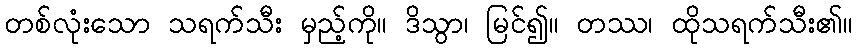
တစ်လုံးသော သရက်သီး မှည့်ကို။ ဒိသွာ၊ မြင်၍။ တဿ၊ ထိုသရက်သီး၏။